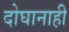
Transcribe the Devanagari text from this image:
दोघानाही